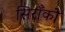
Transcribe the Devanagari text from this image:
सिराँको